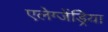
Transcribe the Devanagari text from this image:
एलेग्जेंड्रेिया